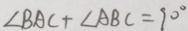
\angle B A C + \angle A B C = 9 0 ^ { \circ }